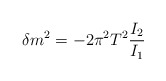
\begin{align*}\delta m^2 = - 2\pi^2 T^2 \frac{I_2}{I_1}\end{align*}